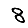
Digit: 8